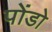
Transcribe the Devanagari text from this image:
पोंडो